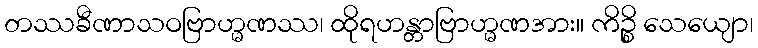
တဿခီဏာသဝဗြာဟ္မဏဿ၊ ထိုရဟန္တာဗြာဟ္မဏအား။ ကိဉ္စိ သေယျော၊